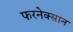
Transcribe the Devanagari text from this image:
फरनेक्सान